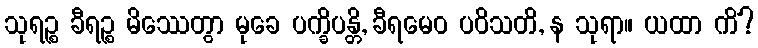
သုရဉ္စ ခီရဉ္စ မိဿေတွာ မုခေ ပက္ခိပန္တိ, ခီရမေဝ ပဝိသတိ, န သုရာ။ ယထာ ကိံ?